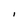
Character: 1